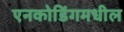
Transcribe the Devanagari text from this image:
एनकोडिंगमधील